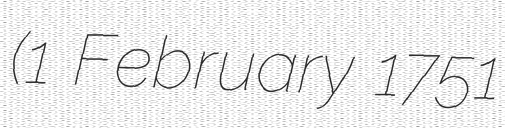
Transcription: (1 February 1751